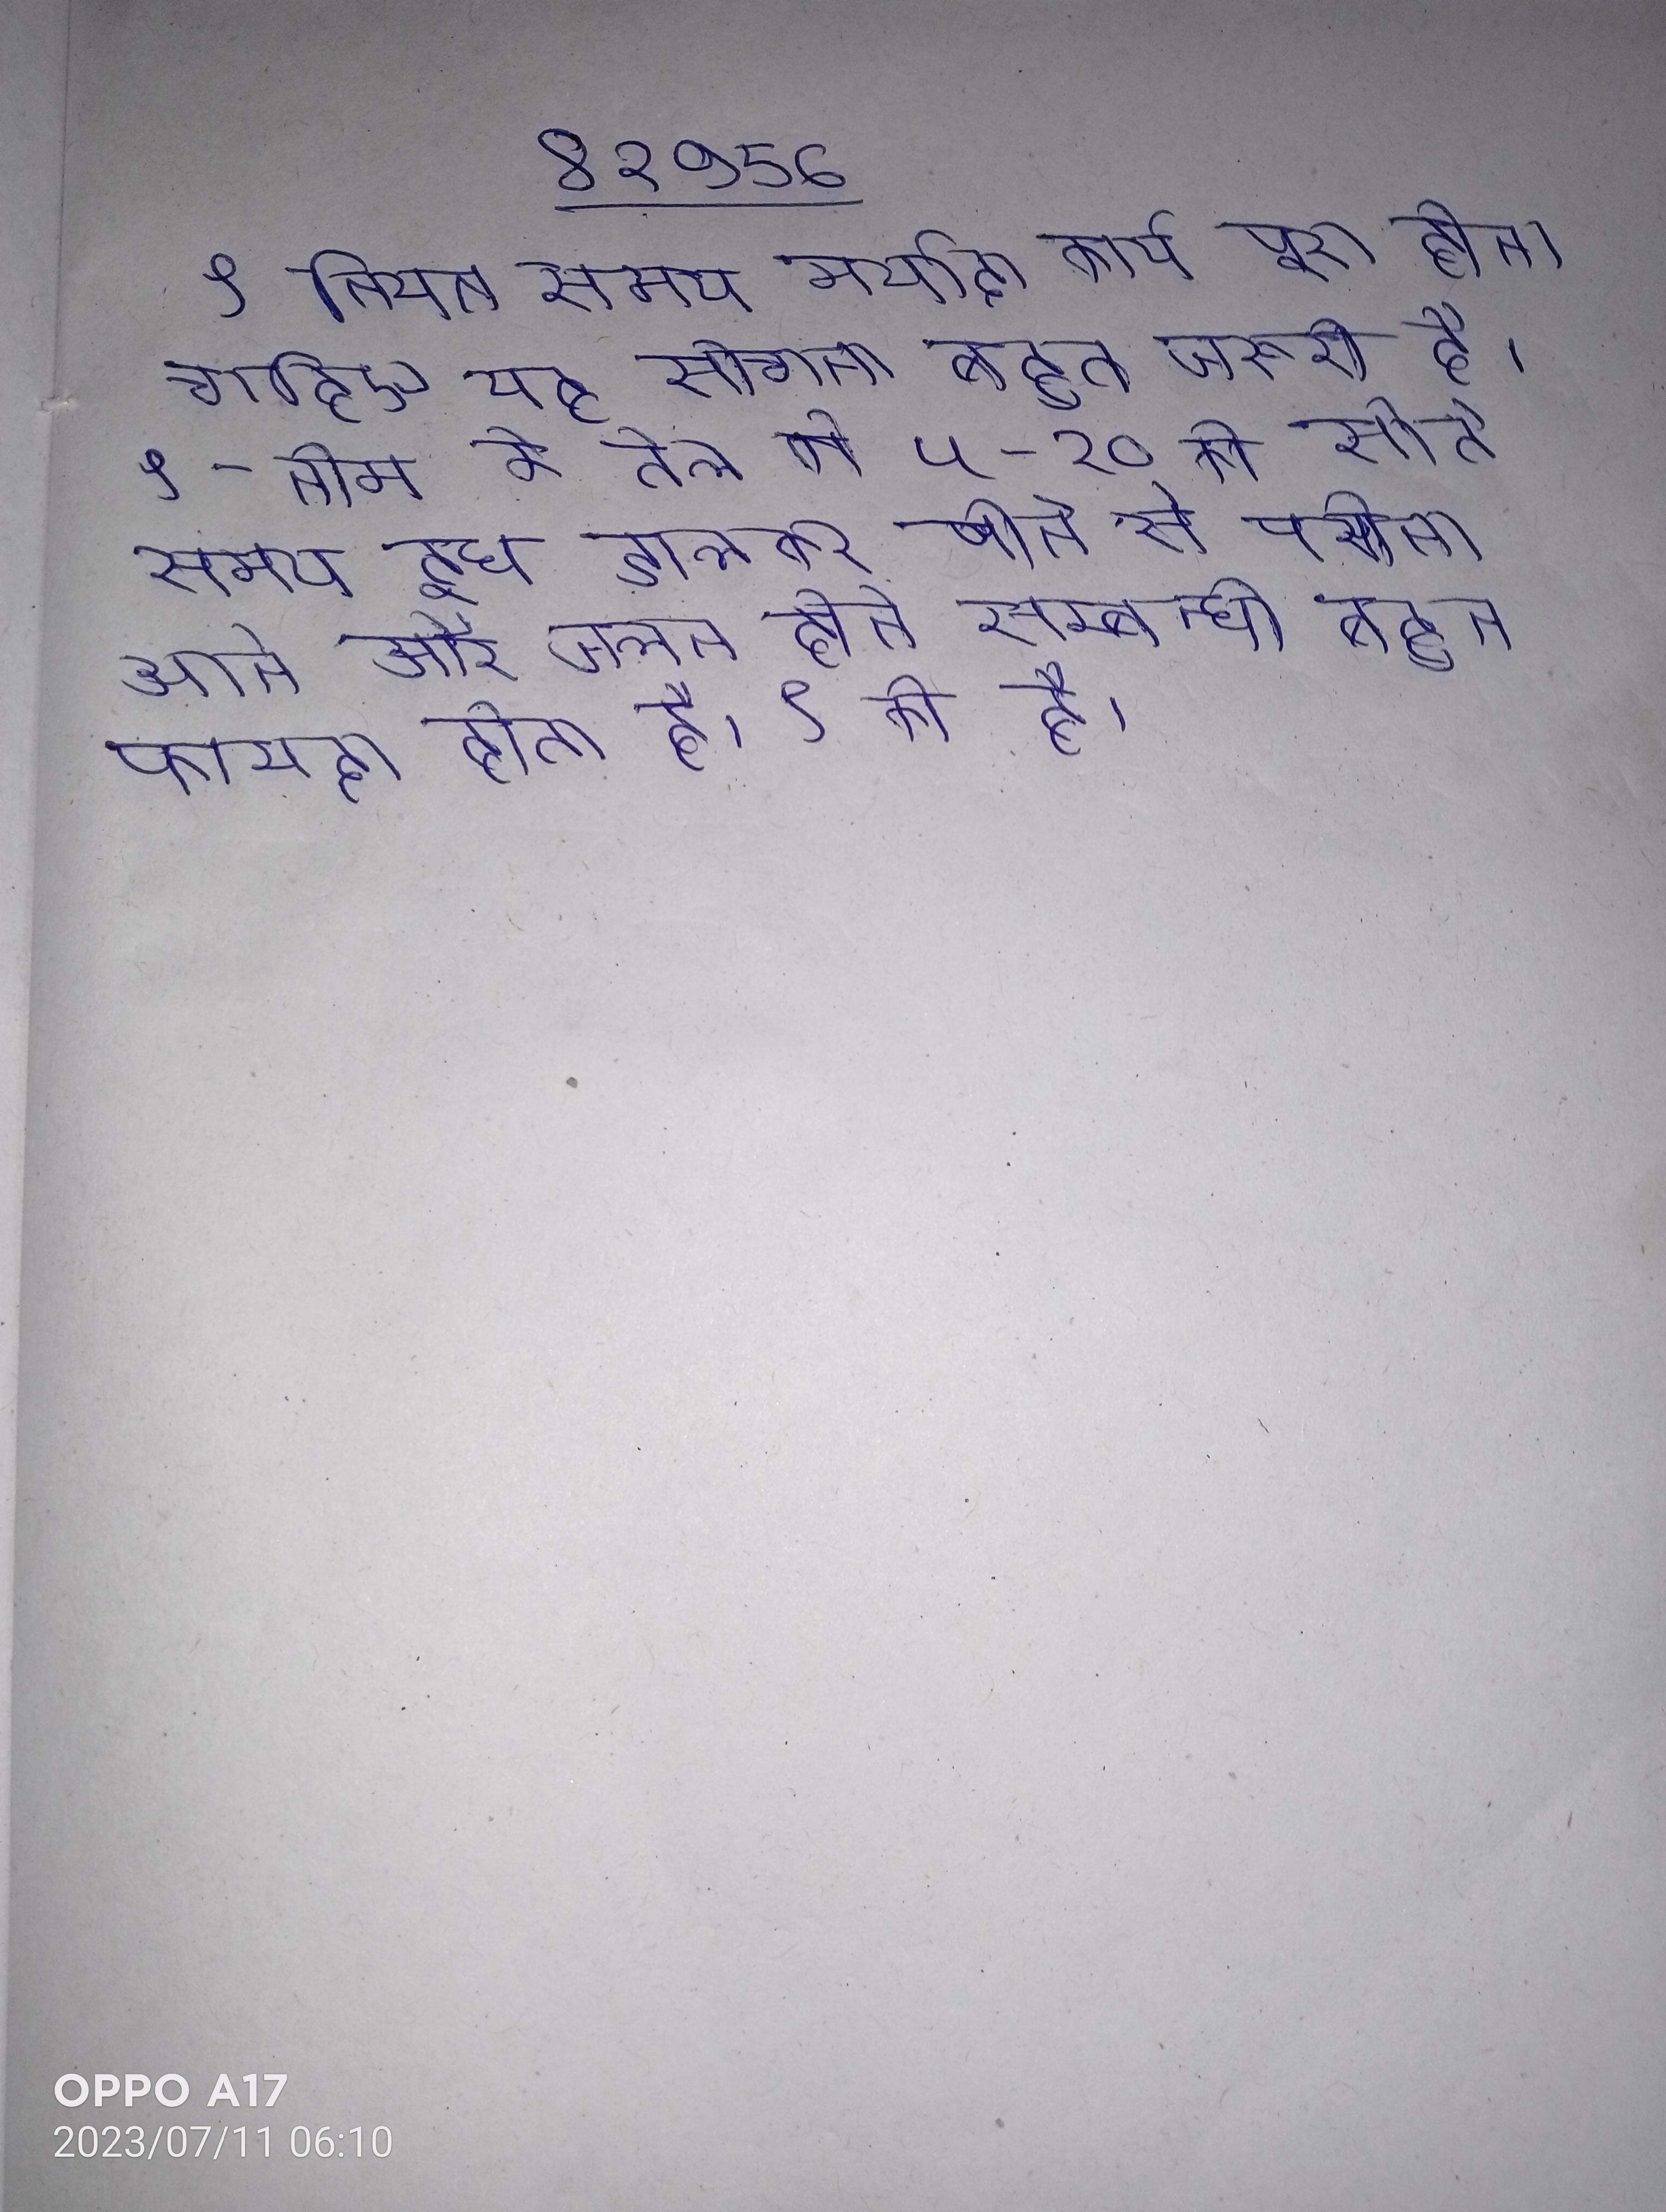
९ नियत समय मर्यादा कार्य पूरा होना चाहिए यह सोचना बहुत जरूरी है । ९- नीम के तेल की ५-१० को सोते समय दूध डालकर पीने से पसीना आने और जलन होने सम्बन्धी बहुत फायदा होता है । ९ की है ।